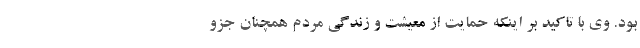
بود. وی با تاکید بر اینکه حمایت از معیشت و زندگی مردم همچنان جزو